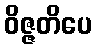
ဝိဇ္ဇတိပေ